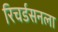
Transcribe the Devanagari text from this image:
रिचर्डसनला